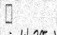
٨